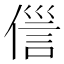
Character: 𬿏